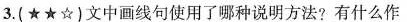
3.(★★☆)文中画线句使用了哪种说明方法?有什么作